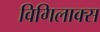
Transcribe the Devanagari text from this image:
विगिलाक्स